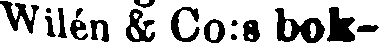
Wilén & Co:s bok-